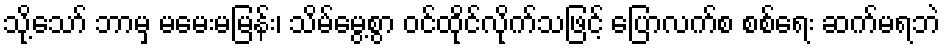
သို့သော် ဘာမှ မမေးမမြန်း၊ သိမ်မွေ့စွာ ဝင်ထိုင်လိုက်သဖြင့် ပြောလက်စ စစ်ရေး ဆက်မရဘဲ